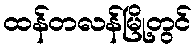
ထန်တလန်မြို့တွင်